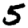
Digit: 5